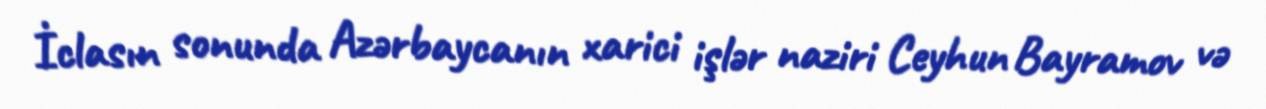
İclasın sonunda Azərbaycanın xarici işlər naziri Ceyhun Bayramov və